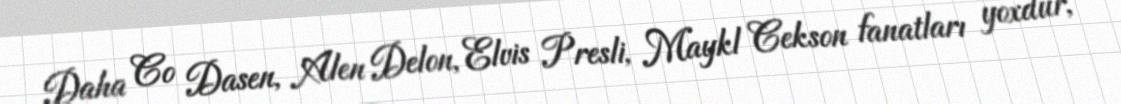
Daha Co Dasen, Alen Delon, Elvis Presli, Maykl Cekson fanatları yoxdur,